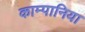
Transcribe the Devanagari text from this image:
काम्पानिया